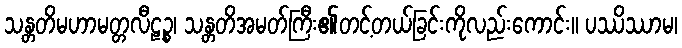
သန္တတိမဟာမတ္တလီဠဉ္စ၊ သန္တတိအမတ်ကြီး၏တင့်တယ်ခြင်းကိုလည်းကောင်း။ ပဿိဿာမ၊